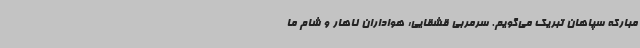
مبارکه سپاهان تبریک می‌گویم. سرمربی قشقایی: هواداران ناهار و شام ما